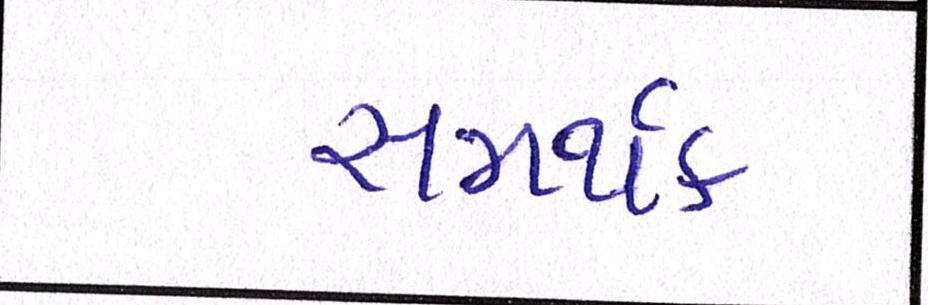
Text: સમર્થક